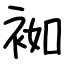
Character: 袽